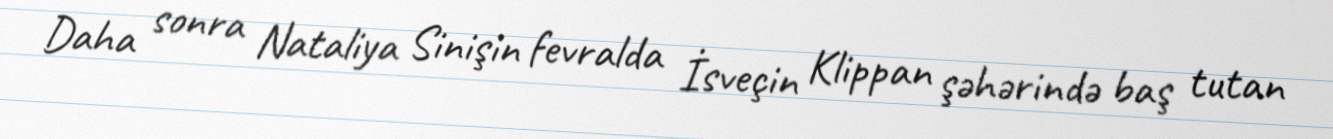
Daha sonra Nataliya Sinişin fevralda İsveçin Klippan şəhərində baş tutan